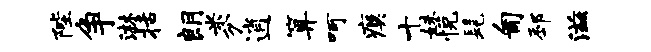
陛争淋括朗米分逍算呵瘼十妹悦髦匍邳滋